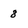
Character: 8